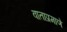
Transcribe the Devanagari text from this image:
वाताप्रमाणे